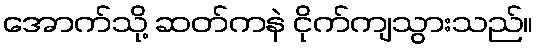
အောက်သို့ ဆတ်ကနဲ ငိုက်ကျသွားသည်။